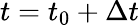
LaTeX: t=t_{0}+\Delta t